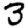
Digit: 3